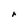
Character: r